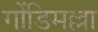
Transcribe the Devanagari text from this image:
गोंडिमल्ला